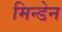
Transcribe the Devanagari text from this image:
मिन्डेन